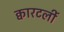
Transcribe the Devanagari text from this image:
क्वारटर्ली